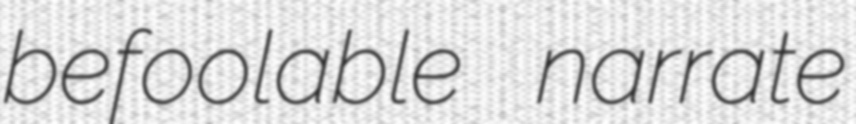
befoolable narrate